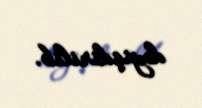
dəyişdirilib.